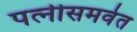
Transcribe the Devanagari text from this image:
पत्‍नीसमवेत